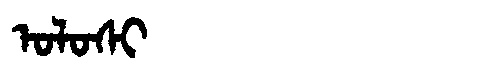
Manchu: ᠣᠯᠣᠰᡳ
Romanization: OLOSI